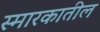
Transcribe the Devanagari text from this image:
स्मारकातील